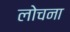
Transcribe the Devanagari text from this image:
लोचना